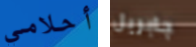
أحلامي جابريل